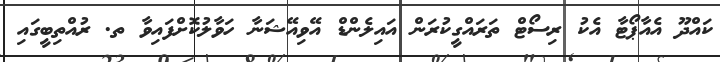
ކައްދޫ އެއާޕޯޓާ އެކު ރިސޯޓް ތަރައްގީކުރަން އައިލެންޑް އޭވިއޭޝަނާ ހަވާލުކޮށްފައިވާ ތ. ރުއްތިބީގައި